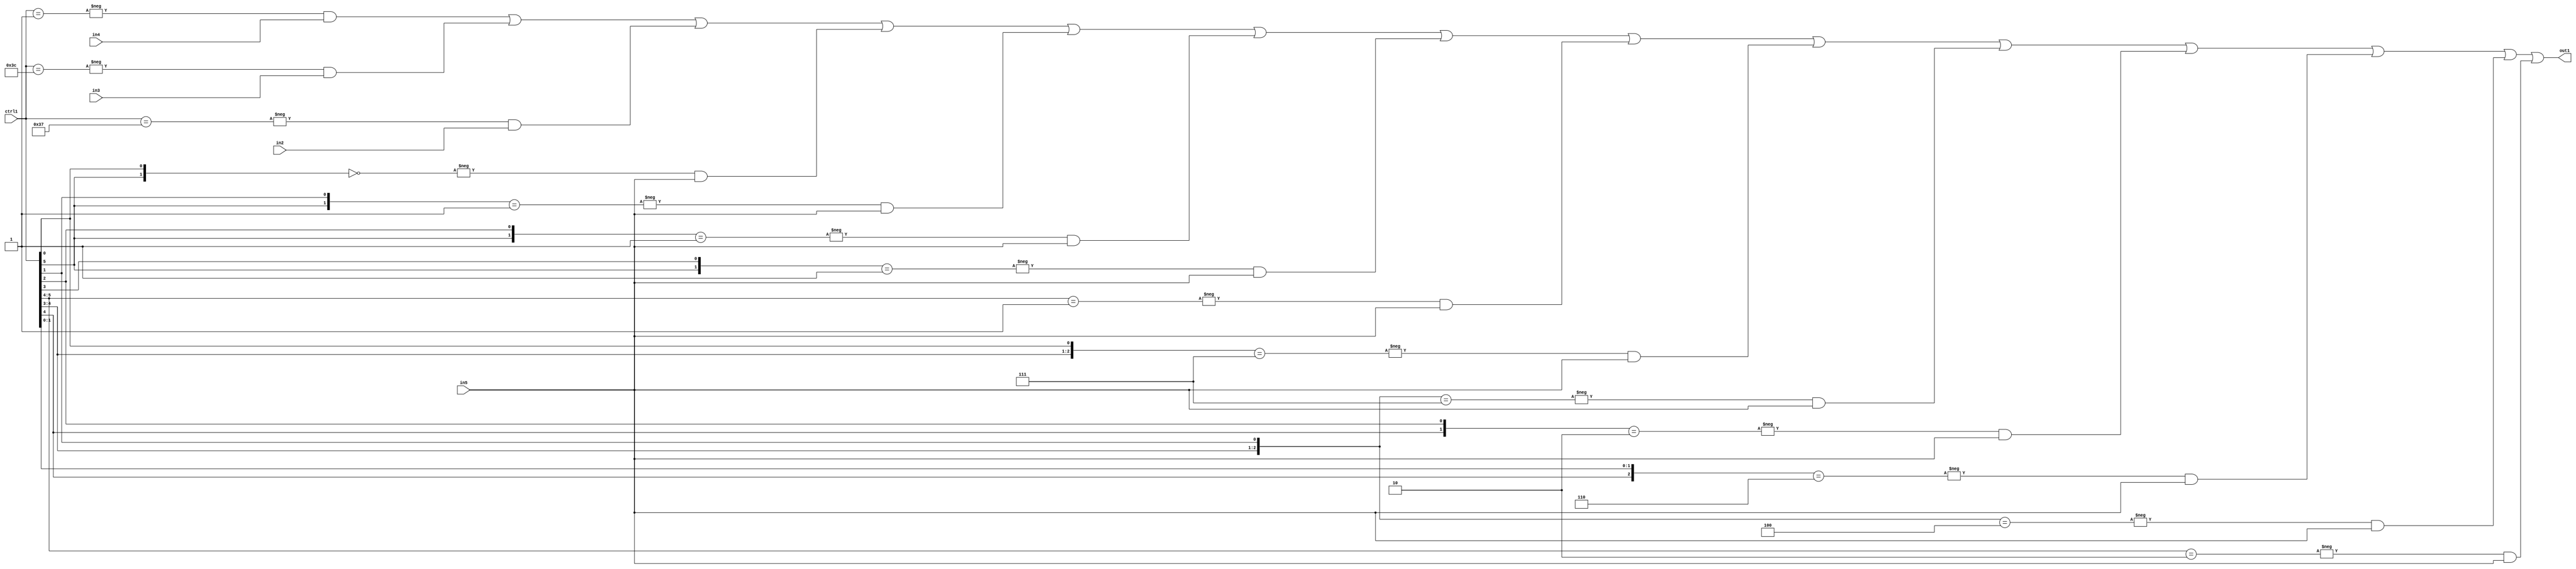
`timescale 1ps / 1ps
/*****************************************************************************
    Verilog RTL Description
    
    
    Created by: Stratus DpOpt 21.05.01 
*******************************************************************************/

module SobelFilter_N_Mux_32_4_42_4 (
	in5,
	in4,
	in3,
	in2,
	ctrl1,
	out1
	); /* architecture "behavioural" */ 
input [31:0] in5;
input [8:0] in4,
	in3,
	in2;
input [5:0] ctrl1;
output [31:0] out1;
wire [31:0] asc001;

assign asc001 = 
	-{ctrl1 == 6'B000001} & in4 |
	-{ctrl1 == 6'B111100} & in3 |
	-{ctrl1 == 6'B110111} & in2 |
	-{{ctrl1[5], ctrl1[0]} == 2'B00} & in5 |
	-{{ctrl1[5], ctrl1[1]} == 2'B01} & in5 |
	-{{ctrl1[5], ctrl1[2]} == 2'B01} & in5 |
	-{{ctrl1[5], ctrl1[3]} == 2'B01} & in5 |
	-{ctrl1[5:4] == 2'B01} & in5 |
	-{{ctrl1[4:3], ctrl1[0]} == 3'B111} & in5 |
	-{{ctrl1[4:3], ctrl1[1]} == 3'B111} & in5 |
	-{{ctrl1[4], ctrl1[2]} == 2'B10} & in5 |
	-{{ctrl1[4], ctrl1[1:0]} == 3'B110} & in5 |
	-{{ctrl1[4:3], ctrl1[1]} == 3'B100} & in5 |
	-{ctrl1[5:4] == 2'B10} & in5 ;

assign out1 = asc001;
endmodule

/* CADENCE  vLfzTQ4= : u9/ySxbfrwZIxEzHVQQV8Q== ** DO NOT EDIT THIS LINE ******/